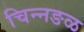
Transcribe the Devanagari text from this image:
चिन्नङळ